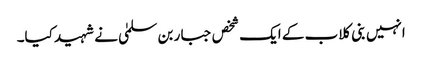
انہیں بنی کلاب کے ایک شخص جبار بن سلمیٰ نے شہید کیا۔